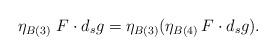
LaTeX: \begin{align*} \eta_{B(3)}\ F \cdot d_s g = \eta_{B(3)}(\eta_{B(4)}\, F \cdot d_s g ).\end{align*}